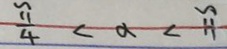
\frac { \pi } { 4 } < \alpha < \pi